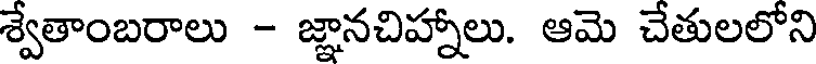
శ్వేతాంబరాలు - జ్ఞానచిహ్నాలు. ఆమె చేతులలోని